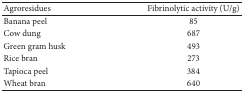
<table><thead><tr><td><b>Agroresidues</b></td><td><b>Fibrinolytic activity (U/g)</b></td></tr></thead><tbody><tr><td>Banana peel</td><td>85</td></tr><tr><td>Cow dung</td><td>687</td></tr><tr><td>Green gram husk</td><td>493</td></tr><tr><td>Rice bran</td><td>273</td></tr><tr><td>Tapioca peel</td><td>384</td></tr><tr><td>Wheat bran</td><td>640</td></tr></tbody></table>